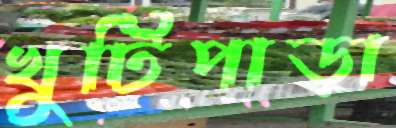
খুটিপাড়া